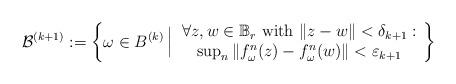
LaTeX: \begin{align*}\mathcal B^{(k+1)}:=\left\{\omega\in\mathcal \mathcal B^{(k)}\,\Big|\,\begin{array}{c}\forall z,w\in \mathbb B_r\textrm{ with }\Vert z-w\Vert<\delta_{k+1} :\\\sup_n\Vert f^n_\omega(z)-f^n_\omega(w)\Vert<\varepsilon_{k+1}\end{array}\right\}\end{align*}